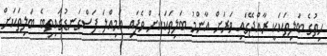
ހިތުގެ ބަލިތަކަކީ ރާއްޖޭގައި ވަރަށް އާންމު ބަލިތަކަަކަށް ވެފައި އަމިއްލަ ފަސްގަނޑުގައިތިބެ ބަލިތަކަށް